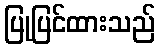
ပြုပြင်ထားသည်